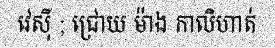
វេស៊ី ; ជ្រោយ ម៉ាង កាលិហាត់